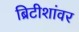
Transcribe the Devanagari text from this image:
ब्रिटीशांवर